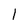
Character: l